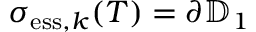
\sigma _ { \mathrm { e s s } , k } ( T ) = \partial \mathbb { D } _ { 1 }